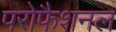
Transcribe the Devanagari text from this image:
परोफैशनल